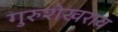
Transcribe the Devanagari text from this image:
गुरुशेखराय